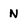
Character: N